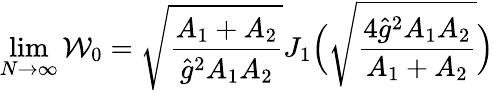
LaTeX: \operatorname*{lim}_{N\to\infty}{\cal W}_{0}=\sqrt{\frac{A_{1}+A_{2}}{\hat{g}^{2}A_{1}A_{2}}}J_{1}\Bigl(\sqrt{\frac{4\hat{g}^{2}A_{1}A_{2}}{A_{1}+A_{2}}}\Bigr)